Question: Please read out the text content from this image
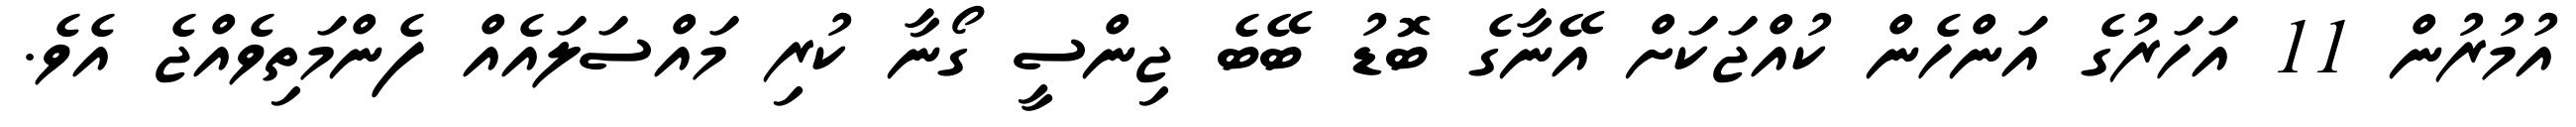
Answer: އުމުރުން 11 އަހަރުގެ އަންހެން ކުއްޖަކަށް އޭނާގެ ބޮޑު ބޭބެ ޖިންސީ ގޯނާ ކުރި މައްސަލައެއް ފެންމަތިވެއްޖެ އެވެ.